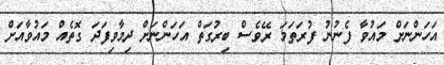
އަހަންނަށް މައުވާ ފެނުނު ފުރަތަމަ ރޭވެސް ބިރުގަތް އަހަންނަށް ދިމާވިފަދަ ގޮތެެއް މައުވާއަށް